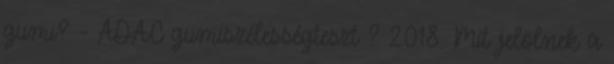
gumi? - ADAC gumiszélességteszt ? 2018. Mit jelölnek a